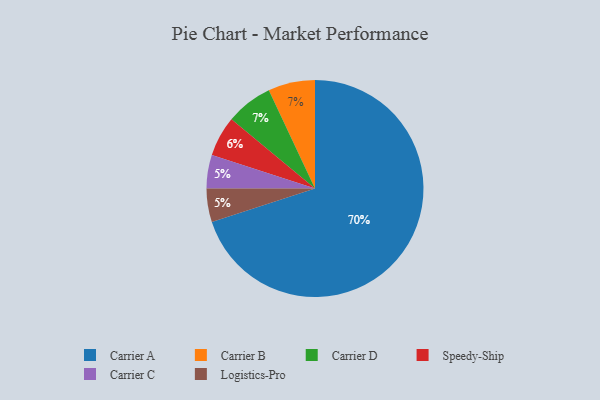
{"axis": {"x": "Category", "y": "Percentage"}, "legend": ["Carrier A", "Carrier B", "Carrier C", "Carrier D", "Logistics-Pro", "Speedy-Ship"], "data": [{"x": "Speedy-Ship", "y": 6, "type": "Speedy-Ship"}, {"x": "Carrier C", "y": 5, "type": "Carrier C"}, {"x": "Carrier A", "y": 70, "type": "Carrier A"}, {"x": "Carrier B", "y": 7, "type": "Carrier B"}, {"x": "Logistics-Pro", "y": 5, "type": "Logistics-Pro"}, {"x": "Carrier D", "y": 7, "type": "Carrier D"}]}